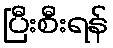
ပြီးစီးရန်